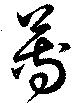
蓴